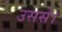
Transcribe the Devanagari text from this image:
उससे।